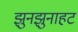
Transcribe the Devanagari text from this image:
झुनझुनाहट